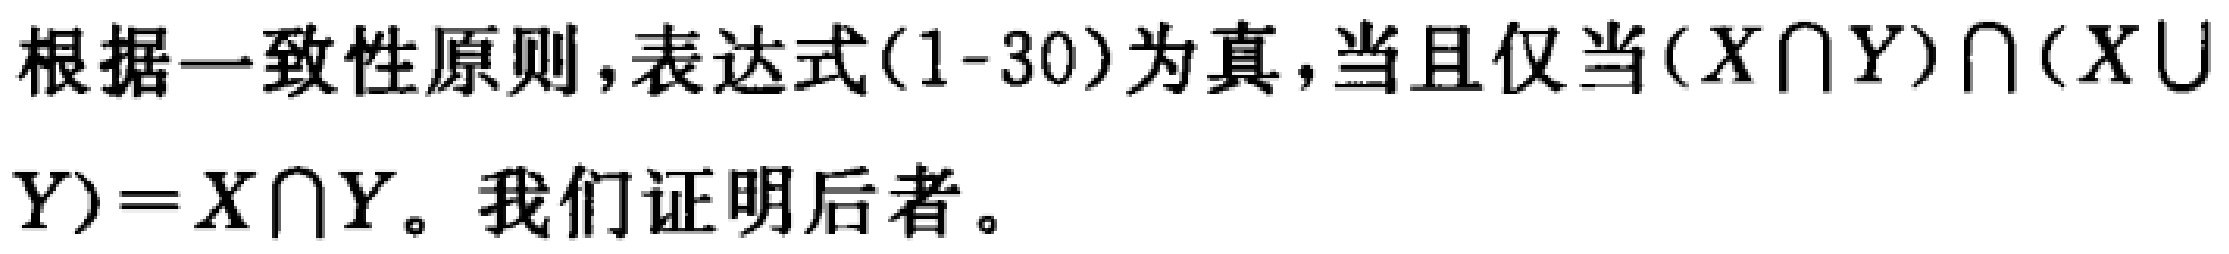
根据一致性原则,表达式(1-30)为真,当且仅当$(X\cap Y)\cap (X\cup Y)=X\cap Y$。我们证明后者。